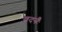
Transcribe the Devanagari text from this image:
वदनैः